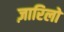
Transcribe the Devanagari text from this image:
ज़ारिलो